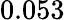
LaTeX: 0.053